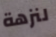
لنزهة